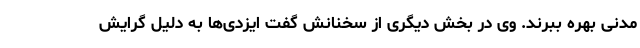
مدنی بهره ببرند. وی در بخش دیگری از سخنانش گفت ایزدی‌ها به دلیل گرایش